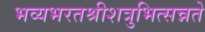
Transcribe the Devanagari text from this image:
भव्यभरतश्रीशत्रुभित्सन्नते